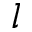
l